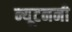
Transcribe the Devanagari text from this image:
न्यूटननी